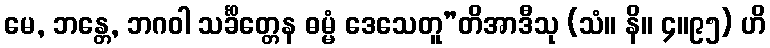
မေ, ဘန္တေ, ဘဂဝါ သင်္ခိတ္တေန ဓမ္မံ ဒေသေတူ”တိအာဒီသု (သံ။ နိ။ ၄။၉၅) ဟိ